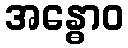
အန္ဓောဝ